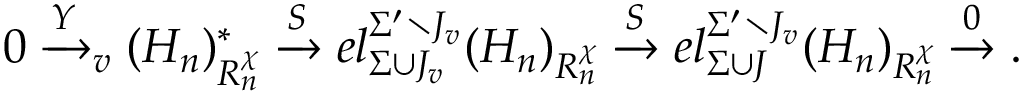
0 \xrightarrow [ ] Y _ { v } ( H _ { n } ) _ { R _ { n } ^ { \chi } } ^ { \ast } \xrightarrow [ ] S e l _ { \Sigma \cup J _ { v } } ^ { \Sigma ^ { \prime } \setminus J _ { v } } ( H _ { n } ) _ { R _ { n } ^ { \chi } } \xrightarrow [ ] S e l _ { \Sigma \cup J } ^ { \Sigma ^ { \prime } \setminus J _ { v } } ( H _ { n } ) _ { R _ { n } ^ { \chi } } \xrightarrow [ ] 0 .